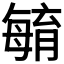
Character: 𣫺